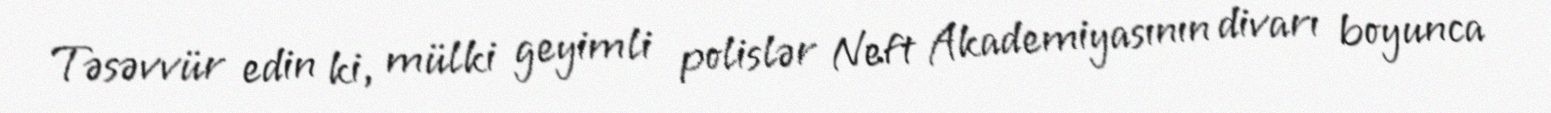
Təsəvvür edin ki, mülki geyimli polislər Neft Akademiyasının divarı boyunca